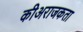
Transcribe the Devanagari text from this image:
कीअराजकता